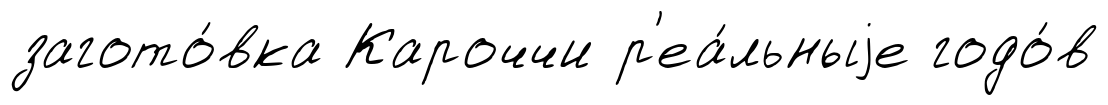
загото́вка Кароччи р'еа́льныjе годо́в